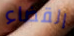
القضاء